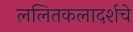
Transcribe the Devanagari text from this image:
ललितकलादर्शचे